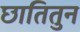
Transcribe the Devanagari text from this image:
छातितुन